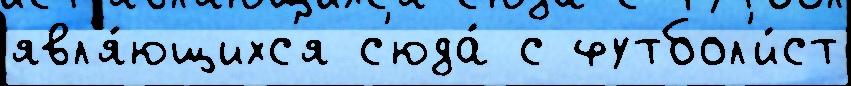
явл'я́ющихс'я с'юда́ с футбол'и́ст